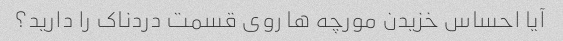
آیا احساس خزیدن مورچه ها روی قسمت دردناک را دارید؟